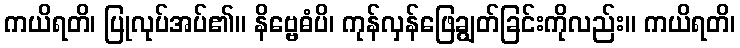
ကယိရတိ၊ ပြုလုပ်အပ်၏။ နိဗ္ဗေဓံပိ၊ ကုန်လှန်ဖြေချွတ်ခြင်းကိုလည်း။ ကယိရတိ၊